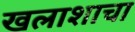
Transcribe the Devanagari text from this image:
खलाशाचा